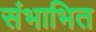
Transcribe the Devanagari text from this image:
संभाभित